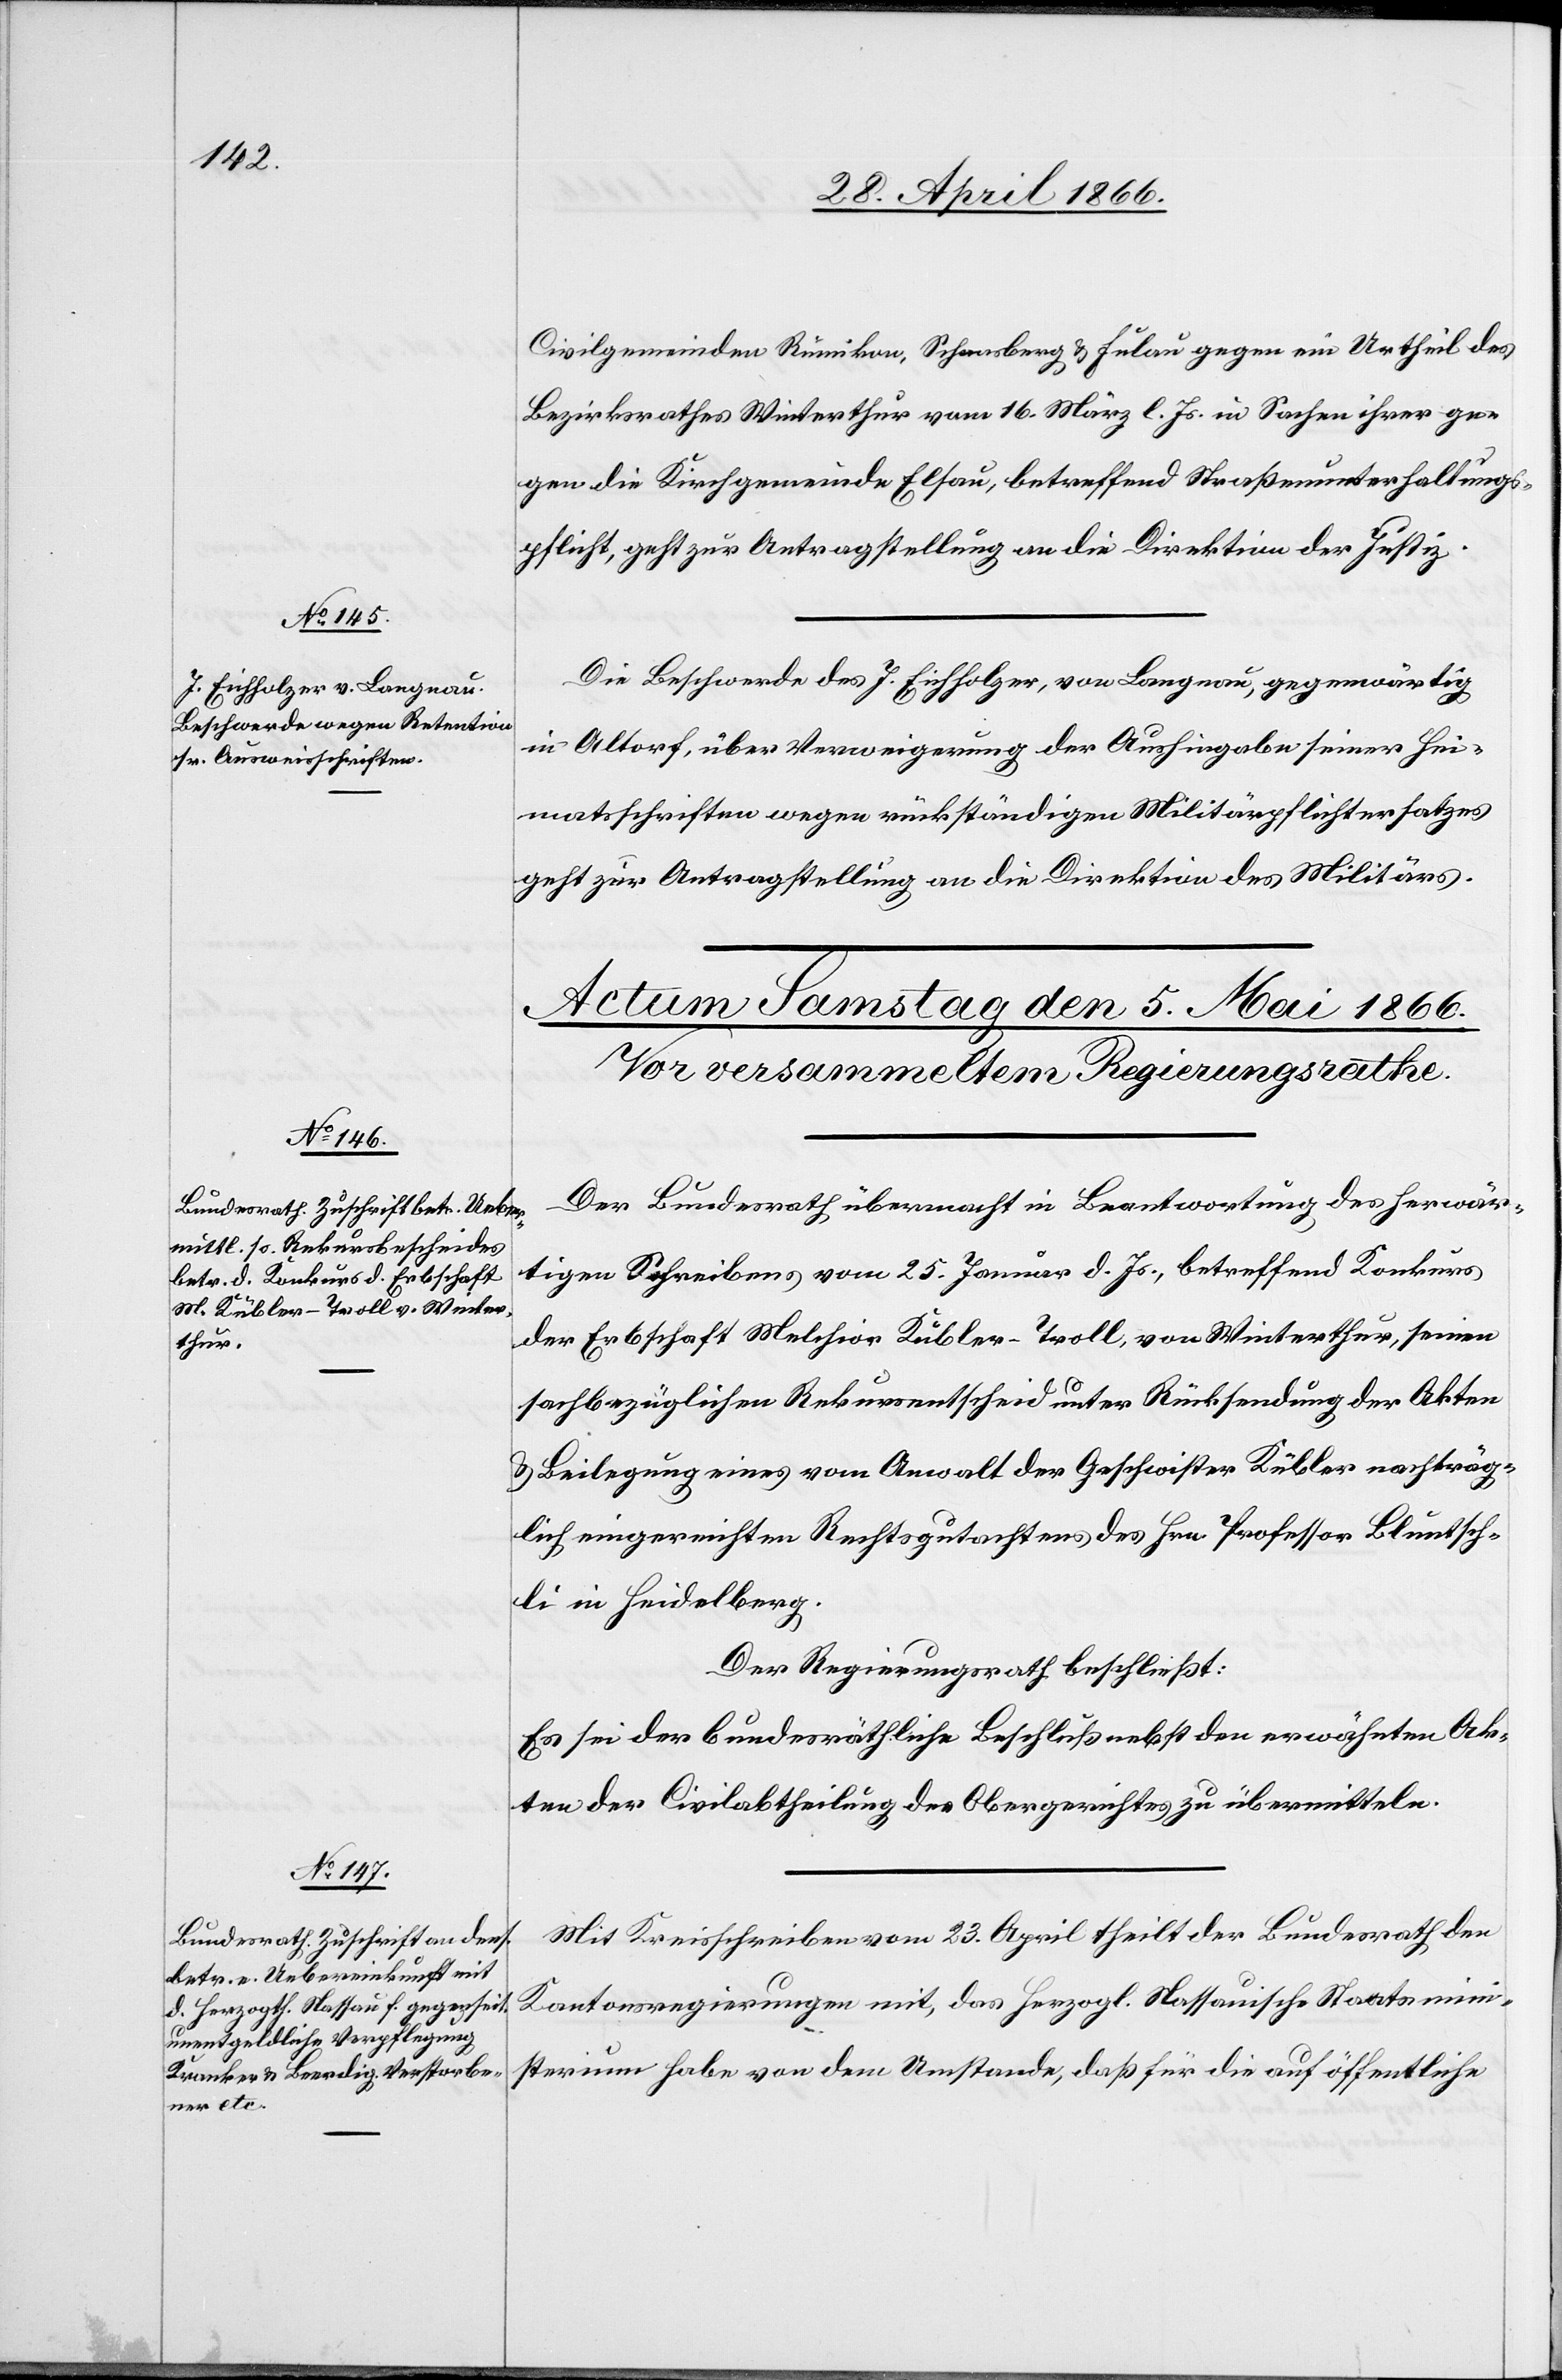
Civilgemeinden Rümikon, Schaasberg u. Fulau gegen ein Urtheil des
Bezirksrathes Winterthur vom 16. März l. Js. in Sachen ihrer ge¬
gen die Kirchgemeinde Elsau, betreffend Straßenunterhalts¬
pflicht, geht zur Antragstellung an die Direktion der Justiz.
Die Beschwerde des J. Eichholzer, von Langnau, gegenwärtig
in Altorf, über Verweigerung der Aushingabe seiner Hei¬
matsschriften wegen rückständigen Militärpflichtersatzes
geht zur Antragstellung an die Direktion des Militärs.
Der Bundesrath übermacht in Beantwortung des herwär¬
tigen Schreibens vom 25. Januar d. Js., betreffend Konkurs
der Erbschaft Melchior Kübler-Troll, von Winterthur, seinen
sachbezüglichen Rekursentscheid unter Rücksendung der Akten
u. Beilegung eines vom Anwalt der Geschwister Kübler nachträg¬
lich eingereichten Rechtsgutachtens des Hrn. Professor Bluntsch¬
li in Heidelberg.
Der Regierungsrath beschließt:
Es sei der bundesräthliche Beschluß nebst den erwähnten Ak¬
ten der Civilabtheilung des Obergerichtes zu übermitteln.
Mit Kreisschreiben vom 23. April theilt der Bundesrath den
Kantonsregierungen mit, das herzogl. Nassauische Staatsmini¬
sterium habe von dem Umstande, daß für die auf öffentliche